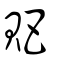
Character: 𧵅